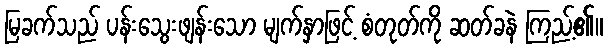
မြခက်သည် ပန်းသွေးဖျန်းသော မျက်နှာဖြင့် စံတုတ်ကို ဆတ်ခနဲ ကြည့်၏။